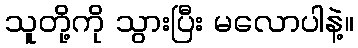
သူတို့ကို သွားပြီး မလောပါနဲ့။